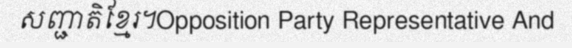
សញ្ជាតិខ្មែរ។Opposition Party Representative And